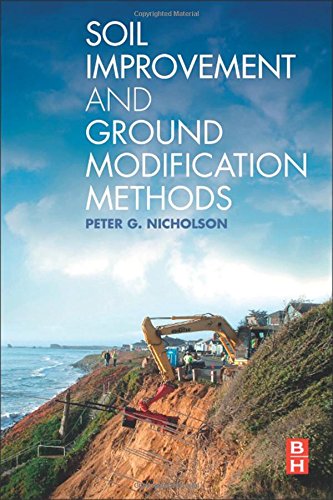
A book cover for Soil Improvement and Ground Modification Methods; Peter G. Nicholson; Science & Math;